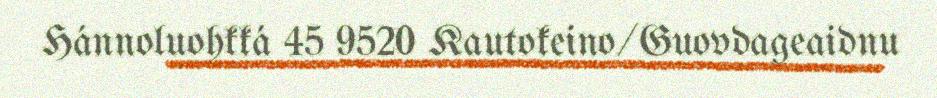
Hánnoluohkká 45 9520 Kautokeino/Guovdageaidnu